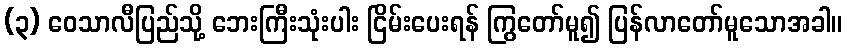
(၃) ဝေသာလီပြည်သို့ ဘေးကြီးသုံးပါး ငြိမ်းပေးရန် ကြွတော်မူ၍ ပြန်လာတော်မူသောအခါ။